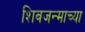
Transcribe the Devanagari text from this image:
शिवजन्माच्या